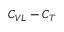
C _ { V L } - C _ { T }